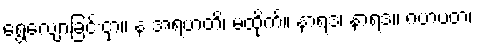
ရွေ့လျောခြင်းငှာ။ န အရဟတိ၊ မထိုက်။ နာရဒ၊ နာရဒ။ ဂဟပတံ၊